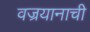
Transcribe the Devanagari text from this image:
वज्रयानाची